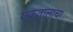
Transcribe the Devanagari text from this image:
एकतालाचा